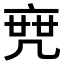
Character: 𠅟